King Institute of Preventive Medicine Micro-Biological Section reports 1909-11
Year: 1909
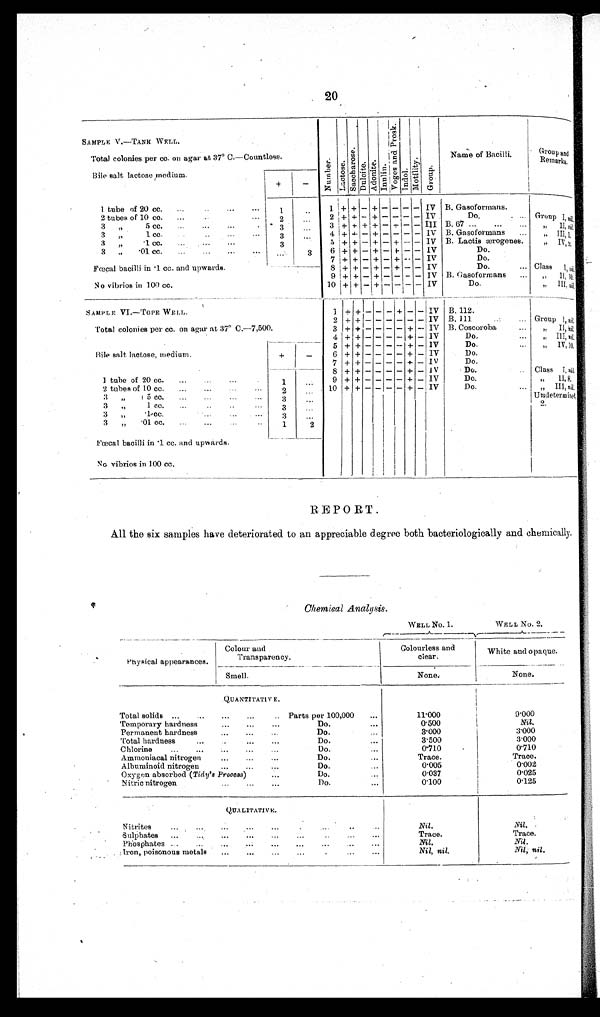
20
SAMPLE V.—TANK WELL.
Number.Lactose.Sacchar os e. Dulcite.Adoni t e. I n u l i n . V o g e s a n d P r o s k . Indol.Mobility.Group.
Name of Bacilli.
Group and Remarks.
Total colonies per cc. on agar at 37° C.—Countless.
Bile salt lactose medium.
+
−
1 tube of 20 cc.
1
1
+ + − + − − − −
IV B. Gasoformans.
2 tubes of 10 cc.
2
2 + + − + − − − − IV
Do.
G roup I, nil.
3 „ 5 cc.
3
3 + + + + − + − − III B. 67
„ II, nil.
3 „ 1 cc.
3
4 + + − + − − − − IV B. Gasoformans
„ I I I , 1.
3 „ .1 cc.
3
5 + + − + − + − − IV B. Lactis ærogenes.
„ IV, 2.
3 „ . 0 1 c c .
3
6 + + − + − + − − IV
Do.
7 + + − + − + − − IV
Do.
Fœcal bacilli in .1 cc. and upwards.
8 + + − + − + − − IV
Do.
Class I, ni l.
9 + + − + − − − − IV B. Gasoformans
„ II, 10
No vibrios in 100 cc.
10 + +
− + − − − − IV
Do.
„ III, nil.
SAMPLE VI.—TOPE WELL.
1 + + − − − + − − IV B. 112.
2 + + − − − − − −
IV B. 111
Group I, nil.
Total colonies per cc. on agar at 37° C.—7,500.
3 + + − − − − + − IV B. Coscoroba
„ II, nil.
4 + + − − − − + −
IV
Do.
„ III, nil.
5 + + − − − − + − IV
Do.
„ IV, 10.
Bile salt lactose, medium.
+
−
6 + + − − − − + − IV
Do.
7 + + − − − − + − IV
Do.
8 + + − − − − + − IV
Do.
Class I, nil.
1 tube of 20 cc.
1
9 + + − − − − + − IV
Do.
„ II, 8.
2 tubes of 10 cc.
2
10 + + − − − − + − IV
Do.
„ III, nil.
3 „ 5 cc.
3
Undetermined, 2.
3 „ 1 cc.
3
3 „ .1 cc.
3
3 „ .01 cc.
1
2
Fœcal bacilli in .1 cc. and upwards.
No vibrios in 100 cc.
REPORT.
All the six samples have deteriorated to an appreciable degree both bacteriologically and chemically.
Chemical Analysis.
WELL No. 1.
WELL No. 2.
Physical appearances.
Colour and
Transparency.
Colourless and
clear.
White and opaque.
Smell.
None.
None.
QUANTITATIVE.
Total solids
Parts per 100,000
11.000
9.000
Temporary hardness
Do.
0 . 5 0 0
Nil.
Permanent hardness
Do.
3 . 0 0 0
3.000
Total hardness.
Do.
3.500
3.000
Chlorine
Do.
0 . 7 1 0
0.710
Ammoniacal nitrogen
Do.
Trace.
Trace.
Albuminoid nitrogen
Do.
0.005
0.002
Oxygen absorbed ( Tidy's Process)
Do.
0.037
0.025
Nitric nitrogen
Do.
0.100
0.125
QUALITATIVE.
Nitrites
Nil .
Nil.
Sulphates
Trace.
Trace.
Phosphates
Nil.
Nil .
Iron, poisonous metals
Nil, nil.
Nil, nil .